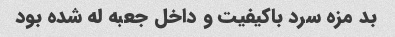
بد مزه سرد باکیفیت و داخل جعبه له شده بود